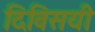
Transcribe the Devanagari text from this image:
दिविसयी